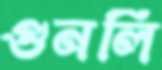
গুনলি